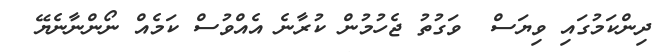
ދިންކަމުގައި ވިޔަސް  ވަގުތު ޖެހުމުން ކުރާނެ އެއްވުސް ކަމެއް ނޯންނާނެޔޭ